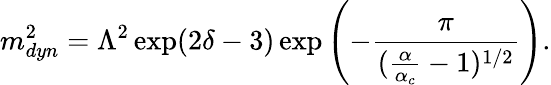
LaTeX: m_{dyn}^{2}=\Lambda^{2}\exp(2\delta-3)\exp\left(-\frac{\pi}{(\frac{\alpha}{\alpha_{c}}-1)^{1/2}}\right).